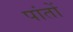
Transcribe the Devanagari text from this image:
पांतों